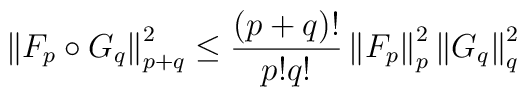
\left\| F_p\circ G_q\right\| _{p+q}^2\leq \frac{(p+q)!}{p!q!}\left\|F_p\right\| _p^2\left\| G_q\right\| _q^2